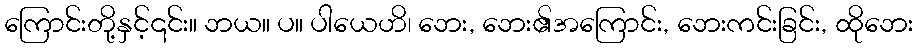
ကြောင်းတို့နှင့်၎င်း။ ဘယ။ ပ။ ပါယေဟိ၊ ဘေး, ဘေး၏အကြောင်း, ဘေးကင်းခြင်း, ထိုဘေး